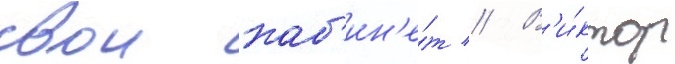
свои каб'ин'е́т // В'и́ктор